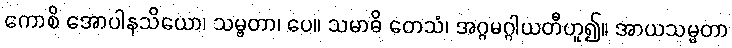
ကောစိ အောပါနသိယော၊ သမ္ဗတာ၊ ပေ။ သမာဓိ တေသံ၊ အဂ္ဂမဂ္ဂါယတီဟူ၍။ အာယသမ္မတာ